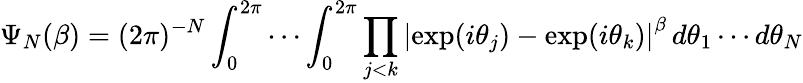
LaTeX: \Psi_{N}(\beta)=(2\pi)^{-N}\int_{0}^{2\pi}\cdots\int_{0}^{2\pi}\prod_{j<k}\left\vert\exp(i\theta_{j})-\exp(i\theta_{k})\right\vert^{\beta}\, d\theta_{1}\cdots d\theta_{N}